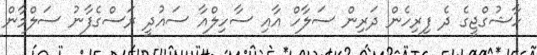
ހާޝުގްޖީގެ ދެ ފިރިހެން ދަރިން ސަލާހް އާއި ސާހިލްއާ ސައުދީ ރަސްގެފާނު ސަލްމާން